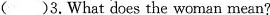
()3.Whatdoes the woman mean?